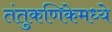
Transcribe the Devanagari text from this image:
तंतुकणिकेमध्ये